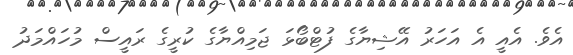
އެވެ. އެއީ އެ އަހަރު އޭޝިޔާގެ ފުޓްބޯޅަ ޖަމިއްޔާގެ ކުރީގެ ރައީސް މުހައްމަދު